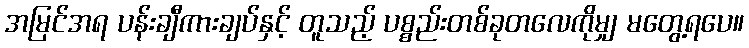
အမြင်အရ ပန်းချီကားချပ်နှင့် တူသည့် ပစ္စည်းတစ်ခုတလေကိုမျှ မတွေ့ရပေ။